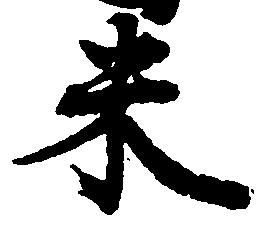
米